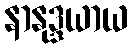
နာနုဒ္ဒယာယ